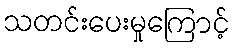
သတင်းပေးမှုကြောင့်